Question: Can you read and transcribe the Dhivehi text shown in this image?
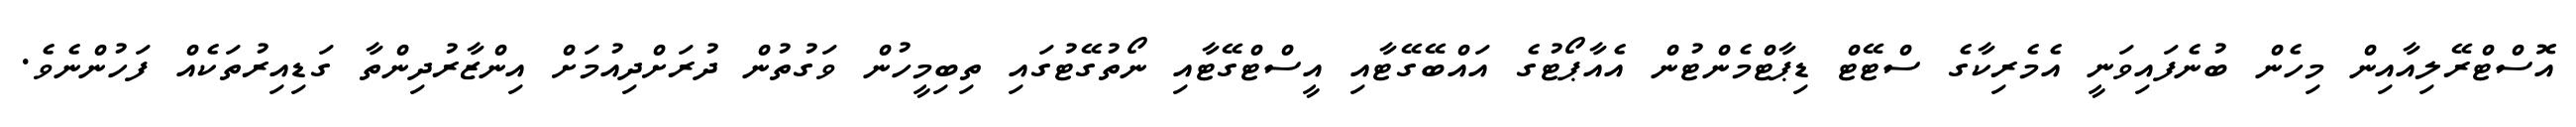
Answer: އޮސްޓްރޭލިއާއިން މިހެން ބުނެފައިވަނީ އެމެރިކާގެ ސްޓޭޓް ޑިޕާޓްމެންޓުން އެއާޕޯޓުގެ އައްބޭގޭޓާއި އީސްޓްގޭޓާއި ނޯތުގޭޓުގައި ތިބިމީހުން ވަގުތުން ދުރަށްދިއުމަށް އިންޒާރުދިންތާ ގަޑިއިރުތަކެއް ފަހުންނެވެ.